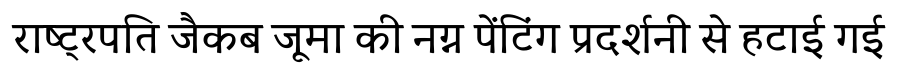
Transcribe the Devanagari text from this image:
राष्ट्रपति जैकब जूमा की नग्न पेंटिंग प्रदर्शनी से हटाई गई